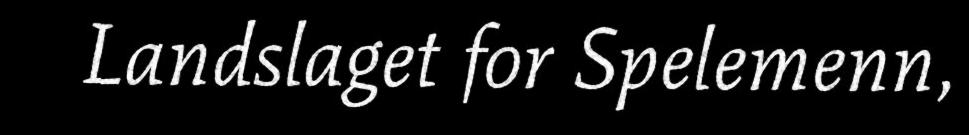
Landslaget for Spelemenn,